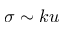
\sigma \sim k u